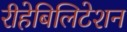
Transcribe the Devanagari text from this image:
रीहेबिलिटेशन